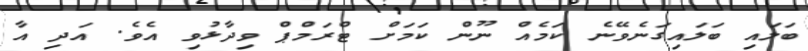
ބަލައި ބަލައިގަނެވޭނެ ކަމެއް ނޫން ކަމަށް ޓްރަމްޕް ވިދާޅުވި އެވެ. އަދި އާ